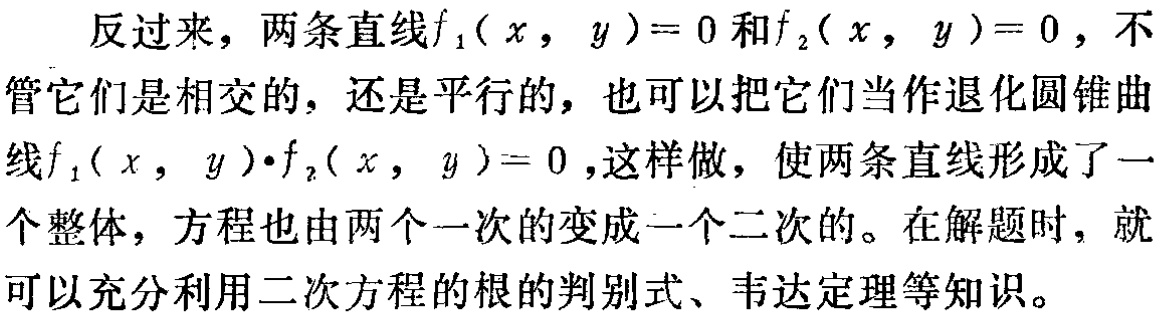
反过来，两条直线\(f_1(x,y)=0\)和\(f_2(x,y)=0\)，不管它们是相交的，还是平行的，也可以把它们当作退化圆锥曲线\(f_1(x,y)\cdot f_2(x,y)=0\)，这样做，使两条直线形成了一个整体，方程也由两个一次的变成一个二次的。在解题时，就可以充分利用二次方程的根的判别式、韦达定理等知识。